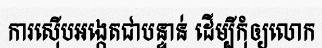
ការស៊ើបអង្កេតជាបន្ទាន់ ដើម្បីកុំឲ្យលោក